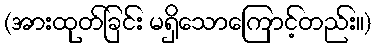
(အားထုတ်ခြင်း မရှိသောကြောင့်တည်း။)